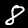
Digit: 8